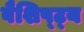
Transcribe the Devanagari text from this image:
वैशिष्ट्‍य